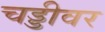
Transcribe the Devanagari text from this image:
चड्डीवर